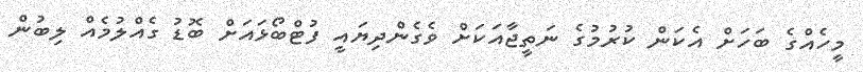
މީހެއްގެ ބަހަށް އެކަން ކުރުމުގެ ނަތީޖާއަކަށް ވެގެންދިޔައީ ފުޓްބޯޅައަށް ބޮޑު ގެއްލުމެއް ލިބުން